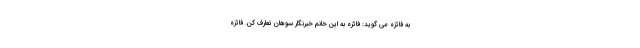
به فائزه می گوید: فائزه به این خانم خبرنگار سوهان تعارف کن. فائزه